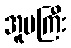
အူမကြီး